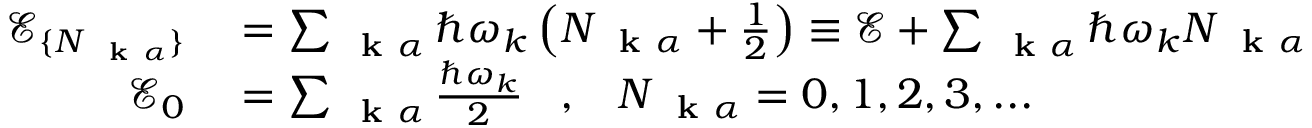
\begin{array} { r l } { \mathcal { E } _ { \{ N _ { \mathrm { ~ \bf ~ k ~ } \alpha } \} } } & { { } = \sum _ { \mathrm { ~ \bf ~ k ~ } \alpha } \hbar \omega _ { k } \left( N _ { \mathrm { ~ \bf ~ k ~ } \alpha } + \frac { 1 } { 2 } \right) \equiv \mathcal { E } + \sum _ { \mathrm { ~ \bf ~ k ~ } \alpha } \hbar \omega _ { k } N _ { \mathrm { ~ \bf ~ k ~ } \alpha } } \\ { \mathcal { E } _ { 0 } } & { { } = \sum _ { \mathrm { ~ \bf ~ k ~ } \alpha } \frac { \hbar \omega _ { k } } { 2 } \; \; \; , \; \; \; N _ { \mathrm { ~ \bf ~ k ~ } \alpha } = 0 , 1 , 2 , 3 , . . . } \end{array}